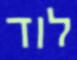
לוד